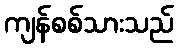
ကျန်စစ်သားသည်